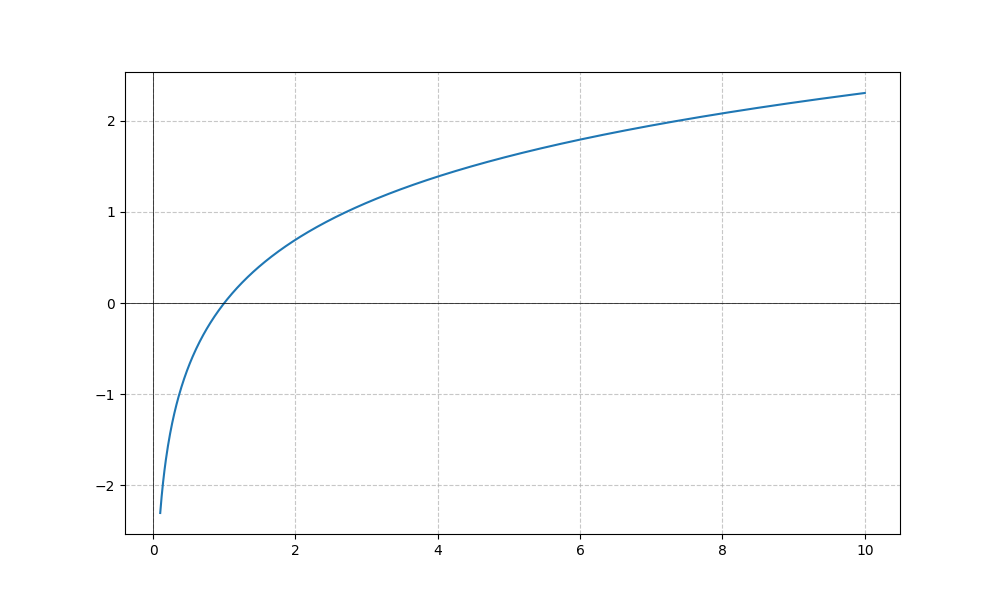
LaTeX formula: \log{\left(x \right)}